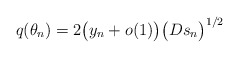
\begin{align*}q(\theta_n)=2\big(y_n+o(1)\big)\big(Ds_n\big)^{1/2}\end{align*}